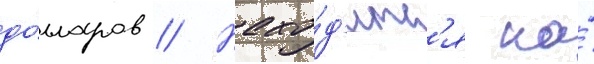
до́лларов // Нахо́д'итс'я на́